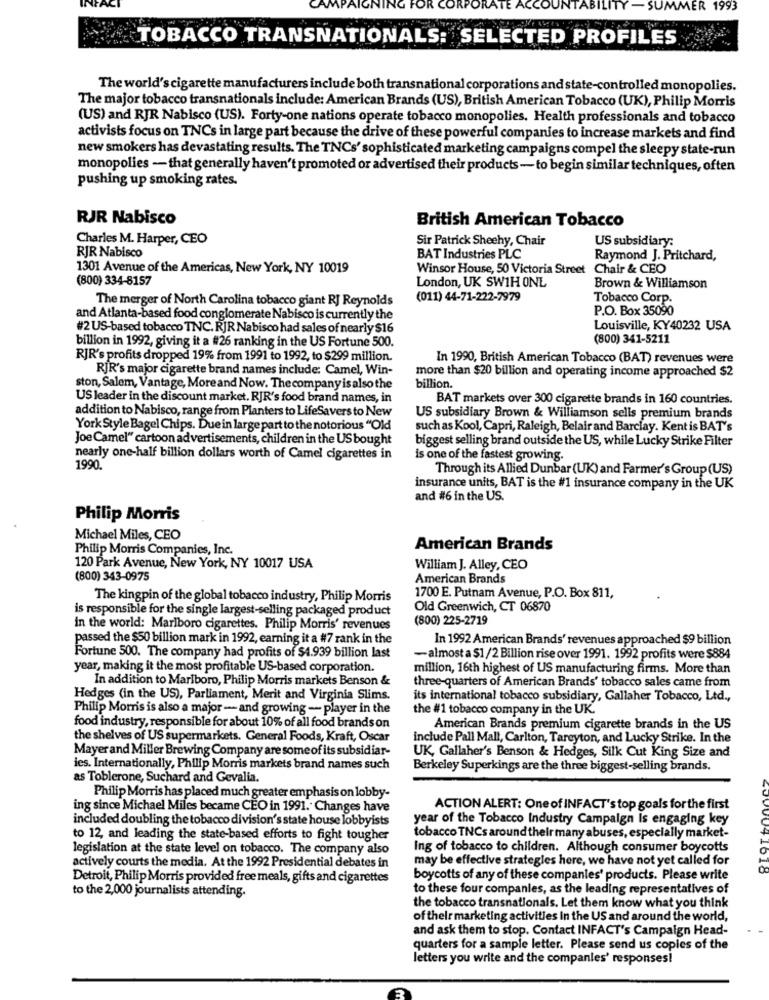
ING
ITY-
-SUMMER 1993
TOBACCO TRANSNATIONALS: SELECTED PROFILES
The world's cigarette manufacturers include both transnational corporations and state-controlled monopolies.
The major tobacco transnationals include: American Brands (US), British American Tobacco (UK), Philip Morris
(US) and RJR Nabisco (US). Forty-one nations operate tobacco monopolies. Health professionals and tobacco
activists focus on TNCs in large part because the drive of these powerful companies to increase markets and find
new smokers has devastating results. The TNCs' sophisticated marketing campaigns compel the sleepy state-run
monopolies - that generally haven't promoted or advertised their products- to begin similar techniques, often
pushing up smoking rates.
RJR Nabisco
British American Tobacco
Charles M. Harper, CEO
Sir Patrick Sheehy, Chair
US subsidiary:
RJR Nabisco
BAT Industries PLC
Raymond J. Pritchard,
1301 Avenue of the Americas, New York, NY 10019
Winsor House, 50 Victoria Street Chair & CEO
(800) 334-8157
London, UK SW1H ONL
Brown & Williamson
(011) 44-71-222-7979
Tobacco Corp.
The merger of North Carolina tobacco giant RJ Reynolds
P.O. Box 35090
and Atlanta-based food conglomerate Nabisco is currently the
#2 US-based tobacco TNC. RJR Nabisco had sales of nearly $16
Louisville, KY40232 USA
billion in 1992, giving it a #26 ranking in the US Fortune 500.
(800) 341-5211
RJR's profits dropped 19% from 1991 to 1992, to $299 million.
In 1990, British American Tobacco (BAT) revenues were
RJR's major cigarette brand names include: Camel, Win-
more than $20 billion and operating income approached $2
ston, Salem, Vantage, More and Now. The company is also the
billion.
US leader in the discount market. RJR's food brand names, in
BAT markets over 300 cigarette brands in 160 countries.
addition to Nabisco, range from Planters to LifeSavers to New
US subsidiary Brown & Williamson sells premium brands
York Style Bagel Chips. Due in large part to the notorious "Old
such as Kool, Capri, Raleigh, Belair and Barclay. Kent is BAT's
Joe Camel" cartoon advertisements, children in the US bought
biggest selling brand outside the US, while Lucky Strike Filter
nearly one-half billion dollars worth of Camel cigarettes in
is one of the fastest growing.
1990.
Through its Allied Dunbar (UK) and Farmer's Group (US)
insurance units, BAT is the #1 insurance company in the UK
and #6 in the US.
Philip Morris
Michael Miles, CEO
Philip Morris Companies, Inc.
American Brands
120 Park Avenue, New York, NY 10017 USA
William J. Alley, CEO
(800) 343-0975
American Brands
The kingpin of the global tobacco industry, Philip Morris
1700 E. Putnam Avenue, P.O. Box 811,
is responsible for the single largest-selling packaged product
Old Greenwich, CT 06870
(800) 225-2719
in the world: Marlboro cigarettes. Philip Morris' revenues
passed the $50 billion mark in 1992, earning it a #7 rank in the
In 1992 American Brands' revenues approached $9 billion
Fortune 500. The company had profits of $4.939 billion last
-almost a $1/2 Billion rise over 1991. 1992 profits were $884
year, making it the most profitable US-based corporation.
million, 16th highest of US manufacturing firms. More than
In addition to Marlboro, Philip Morris markets Benson &
three-quarters of American Brands' tobacco sales came from
Hedges (in the US), Parliament, Merit and Virginia Slims.
its international tobacco subsidiary, Gallaher Tobacco, Ltd .,
Philip Morris is also a major - and growing - player in the
the #1 tobacco company in the UK.
food industry, responsible for about 10% of all food brands on
American Brands premium cigarette brands in the US
the shelves of US supermarkets. General Foods, Kraft, Oscar
include Pall Mall, Carlton, Tareyton, and Lucky Strike. In the
Mayerand Miller Brewing Company are some of its subsidiar-
UK, Gallaher's Benson & Hedges, Silk Cut King Size and
ies. Internationally, Philip Morris markets brand names such
Berkeley Superkings are the three biggest-selling brands.
as Toblerone, Suchard and Gevalia.
Philip Morris has placed much greater emphasis on lobby-
ing since Michael Miles became CEO in 1991. Changes have
ACTION ALERT: One of INFACT's top goals for the first
included doubling the tobacco division's state house lobbyists
year of the Tobacco Industry Campaign Is engaging key
to 12, and leading the state-based efforts to fight tougher
tobacco TNCs around their many abuses, especially market-
legislation at the state level on tobacco. The company also
Ing of tobacco to children. Although consumer boycotts
may be effective strategies here, we have not yet called for
actively courts the media. At the 1992 Presidential debates in
Detroit, Philip Morris provided free meals, gifts and cigarettes
boycotts of any of these companies' products. Please write
to the 2,000 journalists attending.
to these four companies, as the leading representatives of
the tobacco transnationals. Let them know what you think
of their marketing activities In the US and around the world,
and ask them to stop. Contact INFACT's Campaign Head-
quarters for a sample letter. Please send us copies of the
letters you write and the companies' responses!